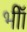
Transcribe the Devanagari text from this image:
भीॉ